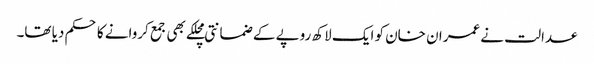
عدالت نے عمران خان کو ایک لاکھ روپے کے ضمانتی مچلکے بھی جمع کروانے کا حکم دیا تھا۔